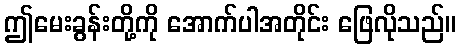
ဤမေးခွန်းတို့ကို အောက်ပါအတိုင်း ဖြေလိုသည်။